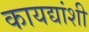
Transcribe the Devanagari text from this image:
कायद्यांशी